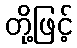
တို့ဖြင့်